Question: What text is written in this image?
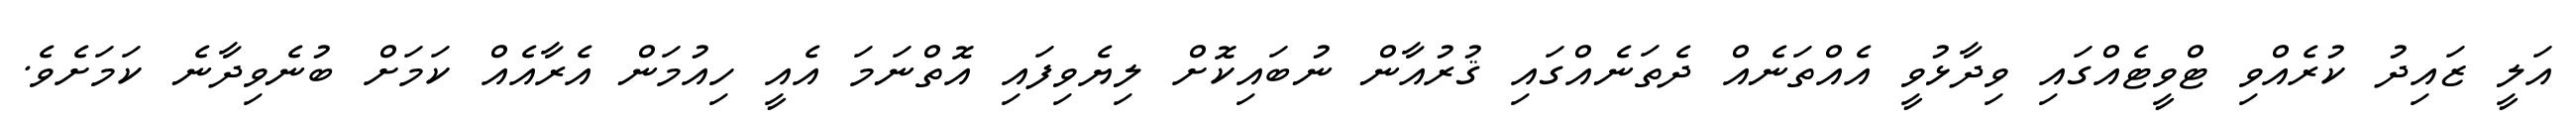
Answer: އަލީ ޒައިދު ކުރެއްވި ޓްވީޓެއްގައި ވިދާޅުވީ އެއްތަނެއް ދެތަނެއްގައި ޤުރުއާން ނުބައިކޮށް ލިޔެވިފައި އޮތްނަމަ އެއީ ހިއުމަން އެރާއެއް ކަމަށް ބުނެވިދާނެ ކަމަށެވެ.